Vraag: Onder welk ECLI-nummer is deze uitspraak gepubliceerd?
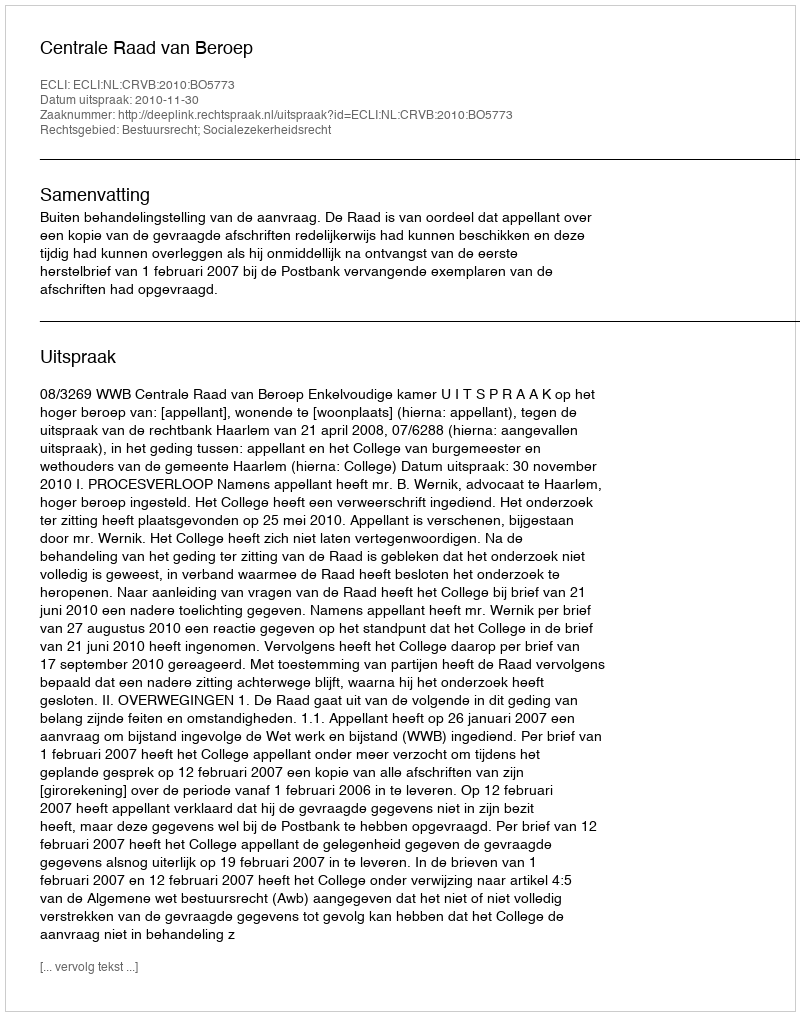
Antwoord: ECLI:NL:CRVB:2010:BO5773